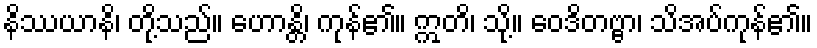
နိဿယာနိ၊ တို့သည်။ ဟောန္တိ၊ ကုန်၏။ ဣတိ၊ သို့။ ဝေဒိတဗ္ဗာ၊ သိအပ်ကုန်၏။